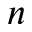
n